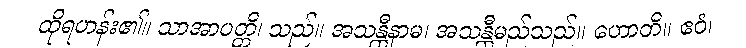
ထိုရဟန်း၏။ သာအာပတ္တိ၊ သည်။ အသန္တီနာမ၊ အသန္တီမည်သည်။ ဟောတိ။ ဧဝံ၊